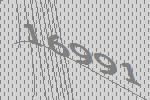
16991